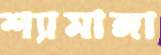
শ্যামাঙ্গা